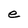
Character: e